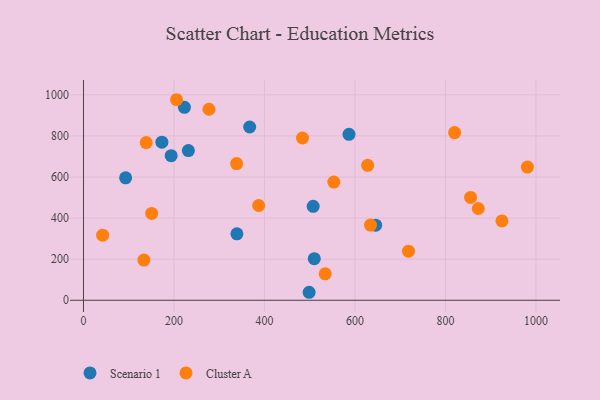
{"axis": {"x": "Investment", "y": "Profit"}, "legend": ["Cluster A", "Scenario 1"], "data": [{"x": "498.7", "y": 38.9, "type": "Scenario 1"}, {"x": "367.3", "y": 843.4, "type": "Scenario 1"}, {"x": "339.1", "y": 323.3, "type": "Scenario 1"}, {"x": "231.8", "y": 728.8, "type": "Scenario 1"}, {"x": "193.8", "y": 704.1, "type": "Scenario 1"}, {"x": "93.1", "y": 596.3, "type": "Scenario 1"}, {"x": "507.7", "y": 457.2, "type": "Scenario 1"}, {"x": "510.1", "y": 202.5, "type": "Scenario 1"}, {"x": "645.8", "y": 365.7, "type": "Scenario 1"}, {"x": "173.3", "y": 769.4, "type": "Scenario 1"}, {"x": "586.8", "y": 807.9, "type": "Scenario 1"}, {"x": "223.1", "y": 939.4, "type": "Scenario 1"}, {"x": "924.9", "y": 386.4, "type": "Cluster A"}, {"x": "534.2", "y": 128.8, "type": "Cluster A"}, {"x": "820.3", "y": 816.3, "type": "Cluster A"}, {"x": "484.0", "y": 789.9, "type": "Cluster A"}, {"x": "277.3", "y": 929.9, "type": "Cluster A"}, {"x": "628.1", "y": 657.1, "type": "Cluster A"}, {"x": "553.3", "y": 575.2, "type": "Cluster A"}, {"x": "718.4", "y": 238.9, "type": "Cluster A"}, {"x": "205.7", "y": 976.3, "type": "Cluster A"}, {"x": "634.4", "y": 366.2, "type": "Cluster A"}, {"x": "133.5", "y": 195.6, "type": "Cluster A"}, {"x": "150.7", "y": 422.6, "type": "Cluster A"}, {"x": "42.3", "y": 317.1, "type": "Cluster A"}, {"x": "855.6", "y": 500.6, "type": "Cluster A"}, {"x": "872.6", "y": 446.8, "type": "Cluster A"}, {"x": "981.1", "y": 648.6, "type": "Cluster A"}, {"x": "338.5", "y": 665.4, "type": "Cluster A"}, {"x": "138.6", "y": 767.5, "type": "Cluster A"}, {"x": "387.2", "y": 461.4, "type": "Cluster A"}]}